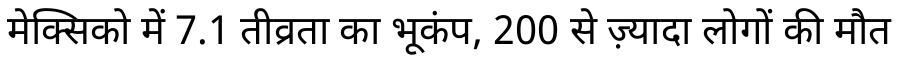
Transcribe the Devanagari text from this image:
मेक्सिको में 7.1 तीव्रता का भूकंप, 200 से ज़्यादा लोगों की मौत